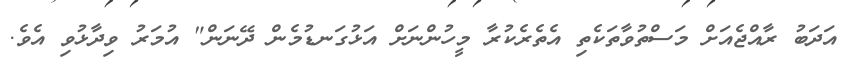
އަދަބު ރާއްޖެއަށް މަސްތުވާތަކެތި އެތެރެކުރާ މީހުންނަށް އަޅުގަނޑުމެން ދޭނަން" އުމަރު ވިދާޅުވި އެވެ.